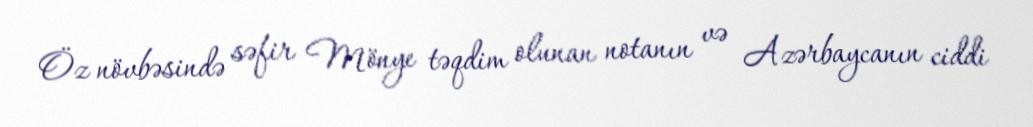
Öz növbəsində səfir Mönye təqdim olunan notanın və Azərbaycanın ciddi